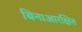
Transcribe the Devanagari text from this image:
बिनाआरक्षित